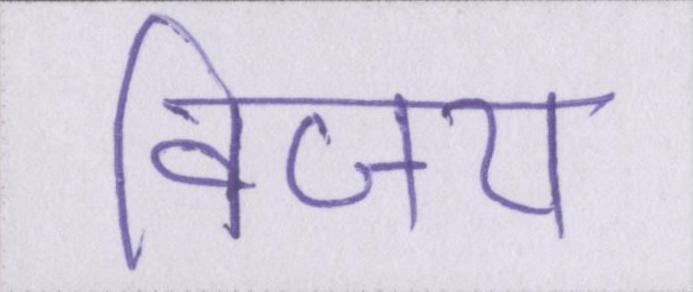
विजय